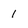
Character: 1